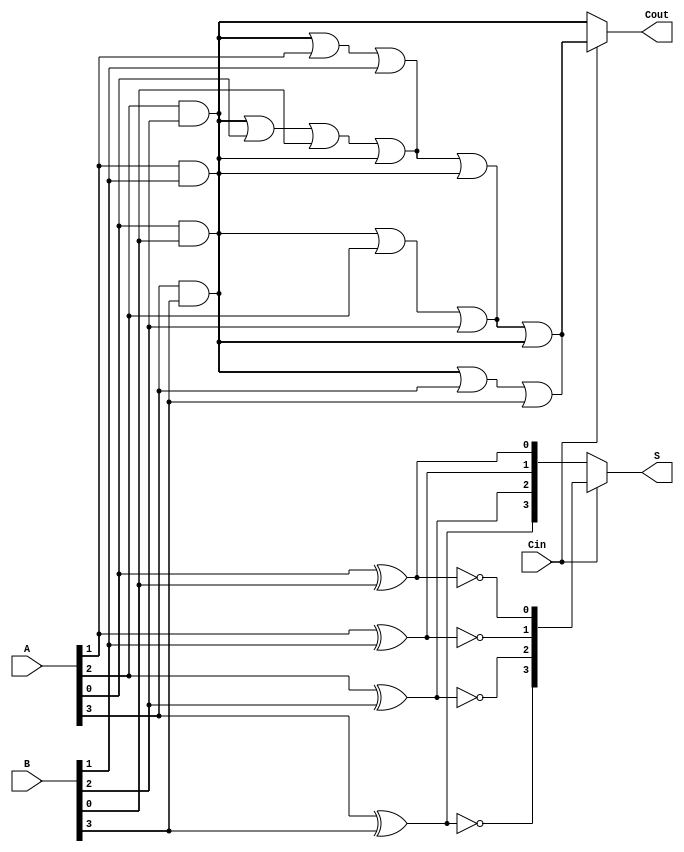
module ConditionalSumAdder #(parameter N = 4) (
    input  [N-1:0] A,      // First n-bit input
    input  [N-1:0] B,      // Second n-bit input
    input         Cin,      // Carry-in
    output [N-1:0] S,      // n-bit sum output
    output        Cout      // Carry-out
);

    wire [N-1:0] S0;       // Sum assuming Cin = 0
    wire [N-1:0] S1;       // Sum assuming Cin = 1
    wire [N-1:0] C0;       // Carry-out assuming Cin = 0
    wire [N-1:0] C1;       // Carry-out assuming Cin = 1

    genvar i;
    generate
        for (i = 0; i < N; i = i + 1) begin : CSA
            // Full adder logic for sum assuming Cin = 0
            assign S0[i] = A[i] ^ B[i] ^ 1'b0; // S0[i] = A[i] XOR B[i] XOR 0
            assign C0[i] = (A[i] & B[i]) | (A[i] & 1'b0) | (B[i] & 1'b0); // C0[i] = A[i] AND B[i]

            // Full adder logic for sum assuming Cin = 1
            assign S1[i] = A[i] ^ B[i] ^ 1'b1; // S1[i] = A[i] XOR B[i] XOR 1
            assign C1[i] = (A[i] & B[i]) | (A[i] & 1'b1) | (B[i] & 1'b1); // C1[i] = A[i] AND B[i]

            // Carry propagation
            if (i > 0) begin
                assign C0[i] = C0[i-1] | (A[i-1] & B[i-1]);
                assign C1[i] = C1[i-1] | (A[i-1] & B[i-1]);
            end
        end
    endgenerate

    // Mux to select final sum and carry-out based on Cin
    assign S = (Cin) ? S1 : S0; // Select sum based on Cin
    assign Cout = (Cin) ? C1[N-1] : C0[N-1]; // Select carry-out based on Cin

endmodule